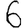
Digit: 6